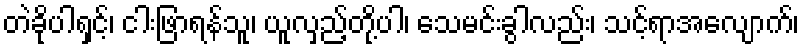
တဲခိုပါရှင့်၊ ငါးဖြာရန်သူ၊ ယူလှည့်တို့ပါ၊ သေမင်းခွါလည်း၊ သင့်ရာအလျောက်၊